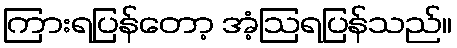
ကြားရပြန်တော့ အံ့ဩရပြန်သည်။